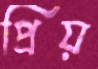
প্রিয়